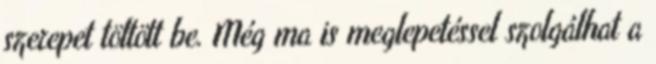
szerepet töltött be. Még ma is meglepetéssel szolgálhat a